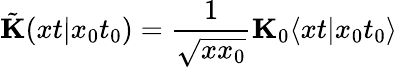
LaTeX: \tilde{\mathbf K}(xt\vert x_{0}t_{0})=\frac{1}{\sqrt{xx_{0}}}{\mathbf K}_{0}\langle xt\vert x_{0}t_{0}\rangle